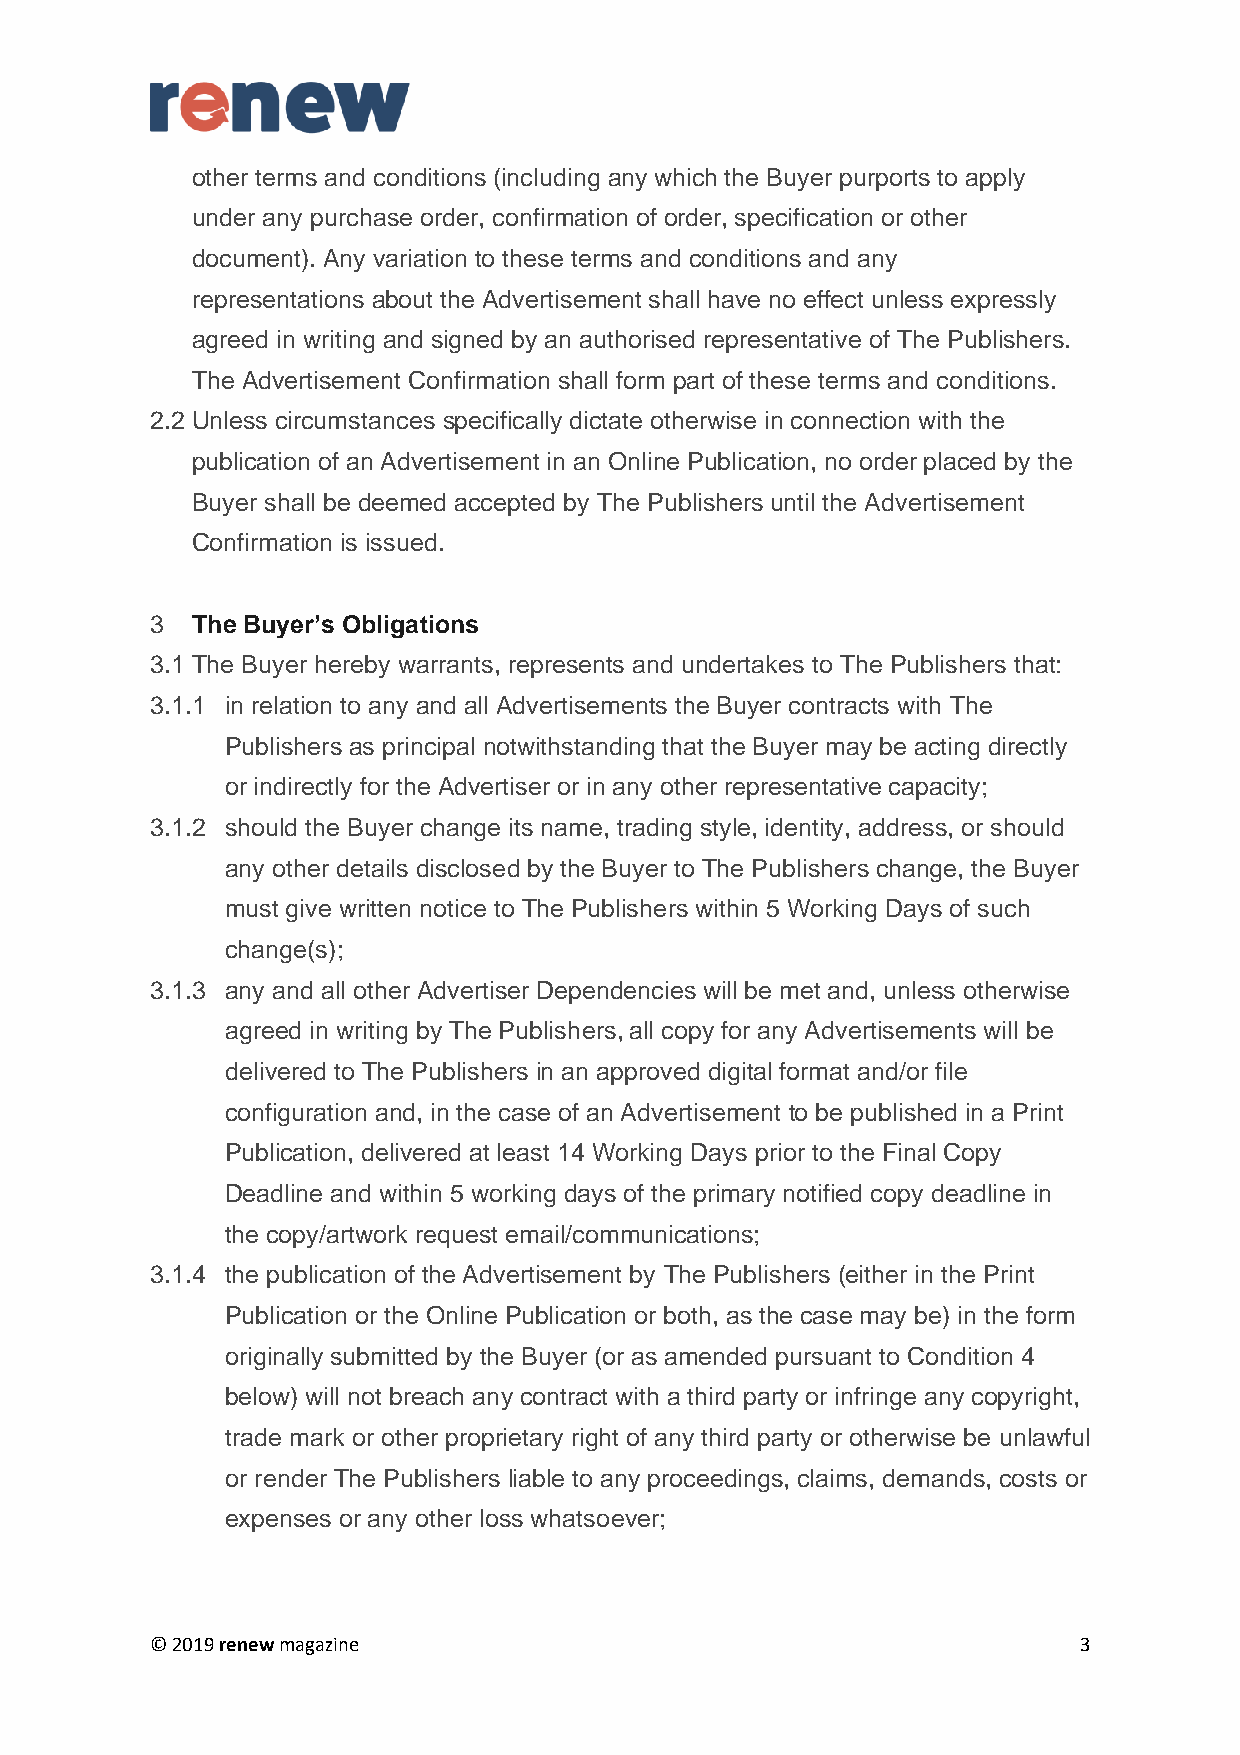
other terms and conditions (including any which the Buyer purports to apply
 under any purchase order, confirmation of order, specification or other
 document). Any variation to these terms and conditions and any
 representations about the Advertisement shall have no effect unless expressly
 agreed in writing and signed by an authorised representative of The Publishers.
 The Advertisement Confirmation shall form part of these terms and conditions.
 2.2 Unless circumstances specifically dictate otherwise in connection with the
 publication of an Advertisement in an Online Publication, no order placed by the
 Buyer shall be deemed accepted by The Publishers until the Advertisement
 Confirmation is issued.
 3  The Buyer’s Obligations
 3.1 The Buyer hereby warrants, represents and undertakes to The Publishers that:
 3.1.1 in relation to any and all Advertisements the Buyer contracts with The
 Publishers as principal notwithstanding that the Buyer may be acting directly
 or indirectly for the Advertiser or in any other representative capacity;
 3.1.2 should the Buyer change its name, trading style, identity, address, or should
 any other details disclosed by the Buyer to The Publishers change, the Buyer
 must give written notice to The Publishers within 5 Working Days of such
 change(s);
 3.1.3 any and all other Advertiser Dependencies will be met and, unless otherwise
 agreed in writing by The Publishers, all copy for any Advertisements will be
 delivered to The Publishers in an approved digital format and/or file
 configuration and, in the case of an Advertisement to be published in a Print
 Publication, delivered at least 14 Working Days prior to the Final Copy
 Deadline and within 5 working days of the primary notified copy deadline in
 the copy/artwork request email/communications;
 3.1.4 the publication of the Advertisement by The Publishers (either in the Print
 Publication or the Online Publication or both, as the case may be) in the form
 originally submitted by the Buyer (or as amended pursuant to Condition 4
 below) will not breach any contract with a third party or infringe any copyright,
 trade mark or other proprietary right of any third party or otherwise be unlawful
 or render The Publishers liable to any proceedings, claims, demands, costs or
 expenses or any other loss whatsoever;
 © 2019 renew magazine                                        3